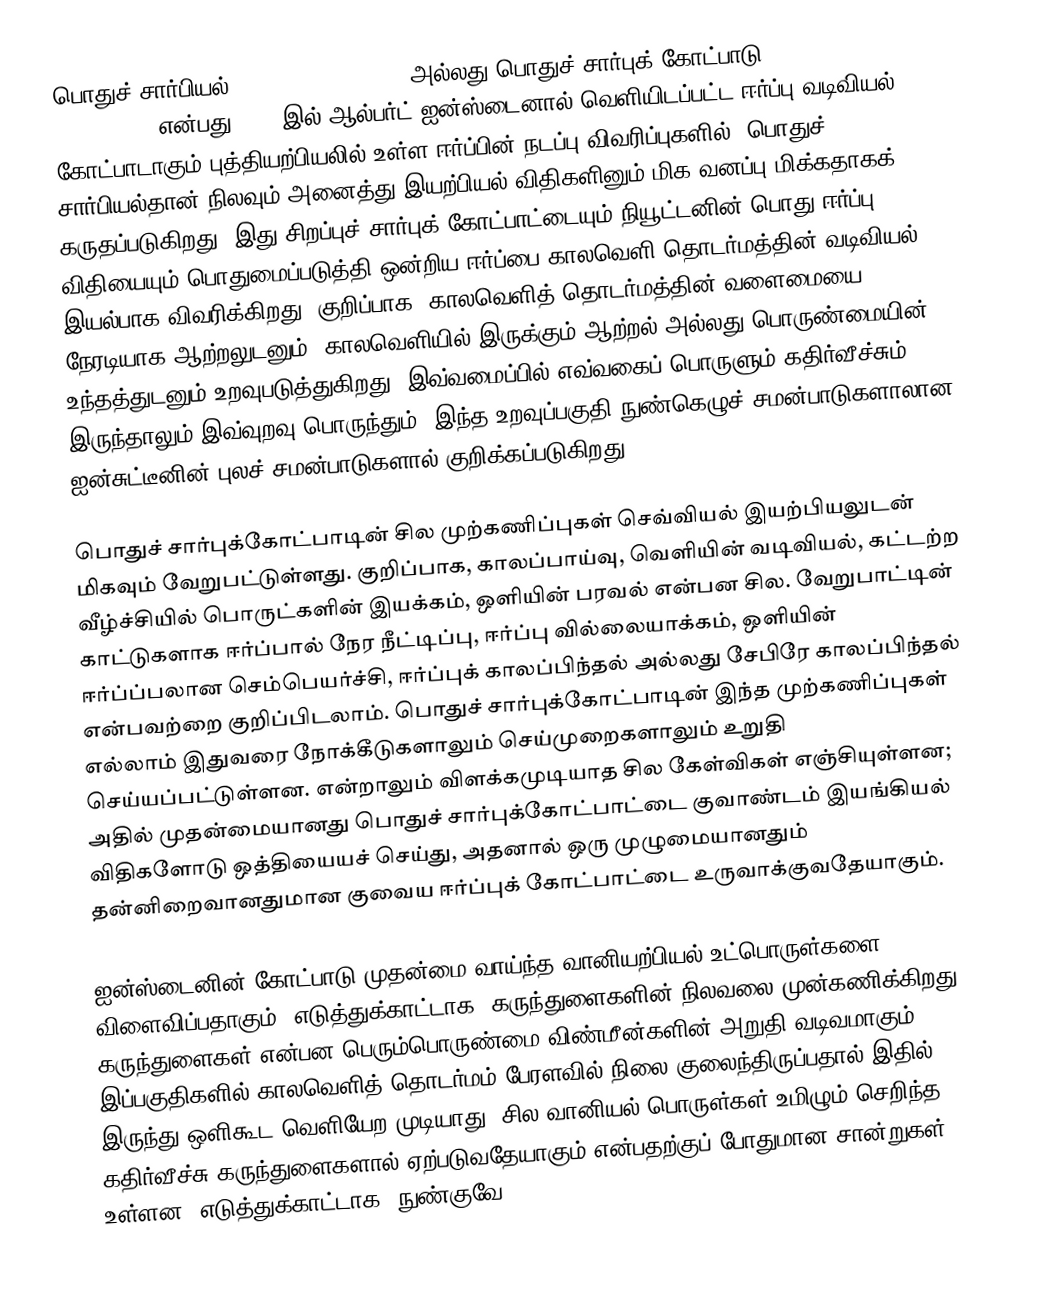
பொதுச் சார்பியல் (General relativity)அல்லது பொதுச் சார்புக் கோட்பாடு (general theory of relativity)  என்பது 1915-இல் ஆல்பர்ட் ஐன்ஸ்டைனால் வெளியிடப்பட்ட ஈர்ப்பு வடிவியல் கோட்பாடாகும் புத்தியற்பியலில் உள்ள ஈர்ப்பின் நடப்பு விவரிப்புகளில். பொதுச் சார்பியல்தான் நிலவும் அனைத்து இயற்பியல் விதிகளினும் மிக வனப்பு மிக்கதாகக் கருதப்படுகிறது. இது சிறப்புச் சார்புக் கோட்பாட்டையும் நியூட்டனின் பொது ஈர்ப்பு விதியையும் பொதுமைப்படுத்தி ஒன்றிய ஈர்ப்பை காலவெளி தொடர்மத்தின் வடிவியல் இயல்பாக விவரிக்கிறது. குறிப்பாக, காலவெளித் தொடர்மத்தின் வளைமையை நேரடியாக ஆற்றலுடனும், காலவெளியில் இருக்கும் ஆற்றல் அல்லது பொருண்மையின் உந்தத்துடனும் உறவுபடுத்துகிறது. இவ்வமைப்பில் எவ்வகைப் பொருளும் கதிர்வீச்சும் இருந்தாலும் இவ்வுறவு பொருந்தும். இந்த உறவுப்பகுதி நுண்கெழுச் சமன்பாடுகளாலான ஐன்சுட்டீனின் புலச் சமன்பாடுகளால் குறிக்கப்படுகிறது.

பொதுச் சார்புக்கோட்பாடின் சில முற்கணிப்புகள் செவ்வியல் இயற்பியலுடன் மிகவும் வேறுபட்டுள்ளது. குறிப்பாக, காலப்பாய்வு, வெளியின் வடிவியல், கட்டற்ற வீழ்ச்சியில் பொருட்களின் இயக்கம், ஒளியின் பரவல் என்பன சில. வேறுபாட்டின் காட்டுகளாக ஈர்ப்பால் நேர நீட்டிப்பு, ஈர்ப்பு வில்லையாக்கம், ஒளியின் ஈர்ப்ப்பலான செம்பெயர்ச்சி, ஈர்ப்புக் காலப்பிந்தல் அல்லது சேபிரே காலப்பிந்தல் என்பவற்றை குறிப்பிடலாம். பொதுச் சார்புக்கோட்பாடின் இந்த முற்கணிப்புகள் எல்லாம் இதுவரை நோக்கீடுகளாலும் செய்முறைகளாலும்  உறுதி செய்யப்பட்டுள்ளன. என்றாலும் விளக்கமுடியாத சில கேள்விகள் எஞ்சியுள்ளன;  அதில் முதன்மையானது பொதுச் சார்புக்கோட்பாட்டை குவாண்டம் இயங்கியல் விதிகளோடு ஒத்தியையச் செய்து,  அதனால் ஒரு முழுமையானதும் தன்னிறைவானதுமான குவைய ஈர்ப்புக் கோட்பாட்டை உருவாக்குவதேயாகும்.

ஐன்ஸ்டைனின் கோட்பாடு முதன்மை வாய்ந்த வானியற்பியல் உட்பொருள்களை விளைவிப்பதாகும். எடுத்துக்காட்டாக, கருந்துளைகளின் நிலவலை முன்கணிக்கிறது. கருந்துளைகள் என்பன பெரும்பொருண்மை விண்மீன்களின் அறுதி வடிவமாகும். இப்பகுதிகளில் காலவெளித் தொடர்மம் பேரளவில் நிலை குலைந்திருப்பதால் இதில் இருந்து ஒளிகூட வெளியேற முடியாது. சில வானியல் பொருள்கள் உமிழும் செறிந்த கதிர்வீச்சு கருந்துளைகளால் ஏற்படுவதேயாகும் என்பதற்குப் போதுமான சான்றுகள் உள்ளன; எடுத்துக்காட்டாக, நுண்குவே